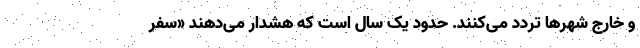
و خارج شهرها تردد می‌کنند. حدود یک سال است که هشدار می‌دهند «سفر